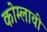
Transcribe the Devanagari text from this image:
कोम्लावी